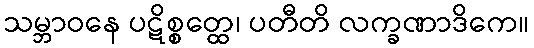
သမ္ဘာဝနေ ပဋိစ္စတ္ထေ၊ ပတီတိ လက္ခဏာဒိကေ။